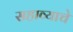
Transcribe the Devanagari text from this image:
सहाव्याचे